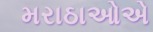
મરાઠાઓએ